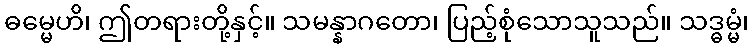
ဓမ္မေဟိ၊ ဤတရားတို့နှင့်။ သမန္နာဂတော၊ ပြည့်စုံသောသူသည်။ သဒ္ဓမ္မံ၊